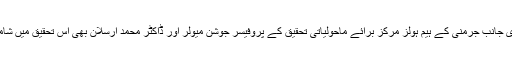
دوسری جانب جرمنی کے ہیم ہولز مرکز برائے ماحولیاتی تحقیق کے پروفیسر جوشن میولر اور ڈاکٹر محمد ارسلان بھی اس تحقیق میں شامل ہیں۔